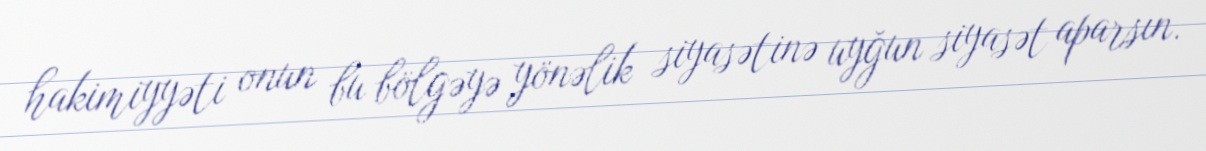
hakimiyyəti onun bu bölgəyə yönəlik siyasətinə uyğun siyasət aparsın.